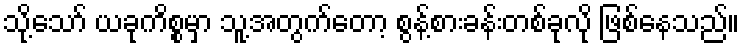
သို့သော် ယခုကိစ္စမှာ သူ့အတွက်တော့ စွန့်စားခန်းတစ်ခုလို ဖြစ်နေသည်။